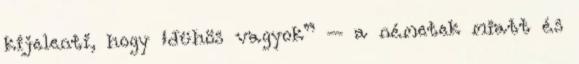
kijelenti, hogy „dühös vagyok” – a németek miatt és